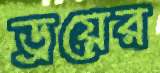
ড্রয়ের